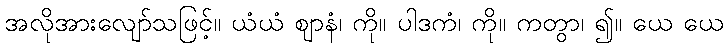
အလိုအားလျော်သဖြင့်။ ယံယံ ဈာနံ၊ ကို။ ပါဒကံ၊ ကို။ ကတွာ၊ ၍။ ယေ ယေ